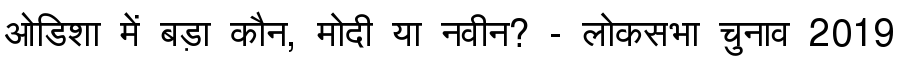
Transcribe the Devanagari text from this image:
ओडिशा में बड़ा कौन, मोदी या नवीन? - लोकसभा चुनाव 2019